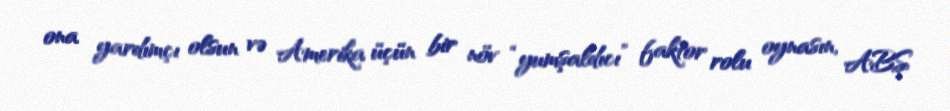
ona yardımçı olsun və Amerika üçün bir növ “yumşaldıcı” faktor rolu oynasın, ABŞ